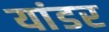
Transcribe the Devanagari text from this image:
यांडर